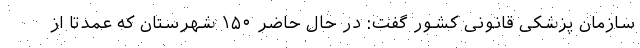
سازمان پزشکی قانونی کشور گفت: در حال حاضر ۱۵۰ شهرستان که عمدتا از